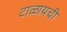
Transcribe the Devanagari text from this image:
टाळायची